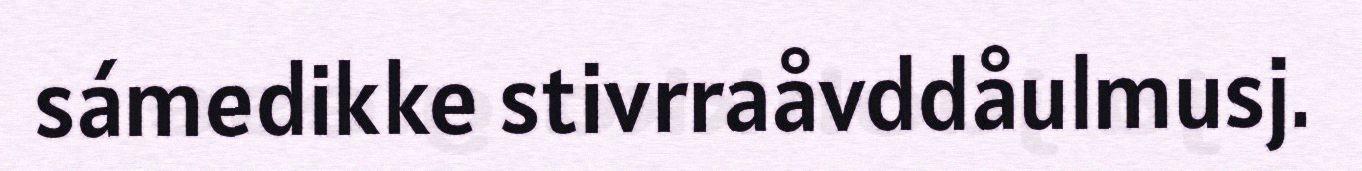
sámedikke stivrraåvddåulmusj.